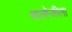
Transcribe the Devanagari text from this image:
मालोजीला